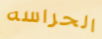
الحراسه